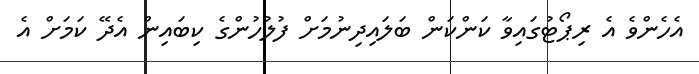
އެހެންވެ އެ ރިޕޯޓުގައިވާ ކަންކަން ބަލައިދިނުމަށް ފުލުހުންގެ ކިބައިން އެދޭ ކަމަށް އެ